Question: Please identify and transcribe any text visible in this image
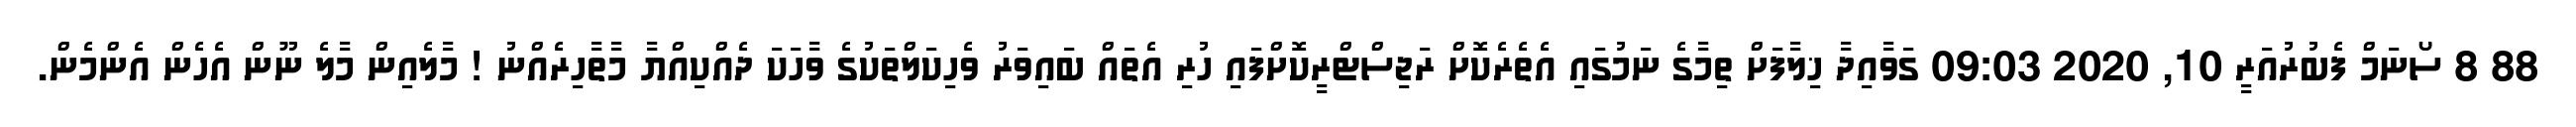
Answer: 88 8 ސޯނަމް ފެބުރުއަރީ 10, 2020 09:03 ގަވާއިދާ ޚިލާފަށް ތިމާގެ ނަމުގައި އެތެރެކޮށް ރަޖިސްޓްރީކޮށްފައި ހުރި އެތައް ބައިވަރު ވެހިކަލްތަކުގެ ވާހަކަ ދެއްކިއްޔާ މާތާހިރެއްނު ! މާލެއިން މާލެ ނޫން އެހެން އެންމެން.